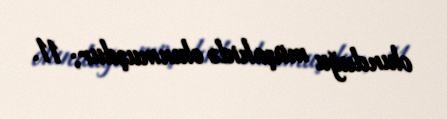
olunduğu müşahidə olunmuşdur; 11.